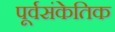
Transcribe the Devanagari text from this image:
पूर्वसंकेतिक